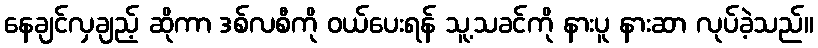
နေချင်လှချည့် ဆိုကာ ဒစ်လစီကို ဝယ်ပေးရန် သူ့သခင်ကို နားပူ နားဆာ လုပ်ခဲ့သည်။